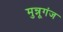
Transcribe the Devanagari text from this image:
मुन्नूगंज